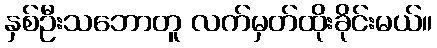
နှစ်ဦးသဘောတူ လက်မှတ်ထိုးခိုင်းမယ်။